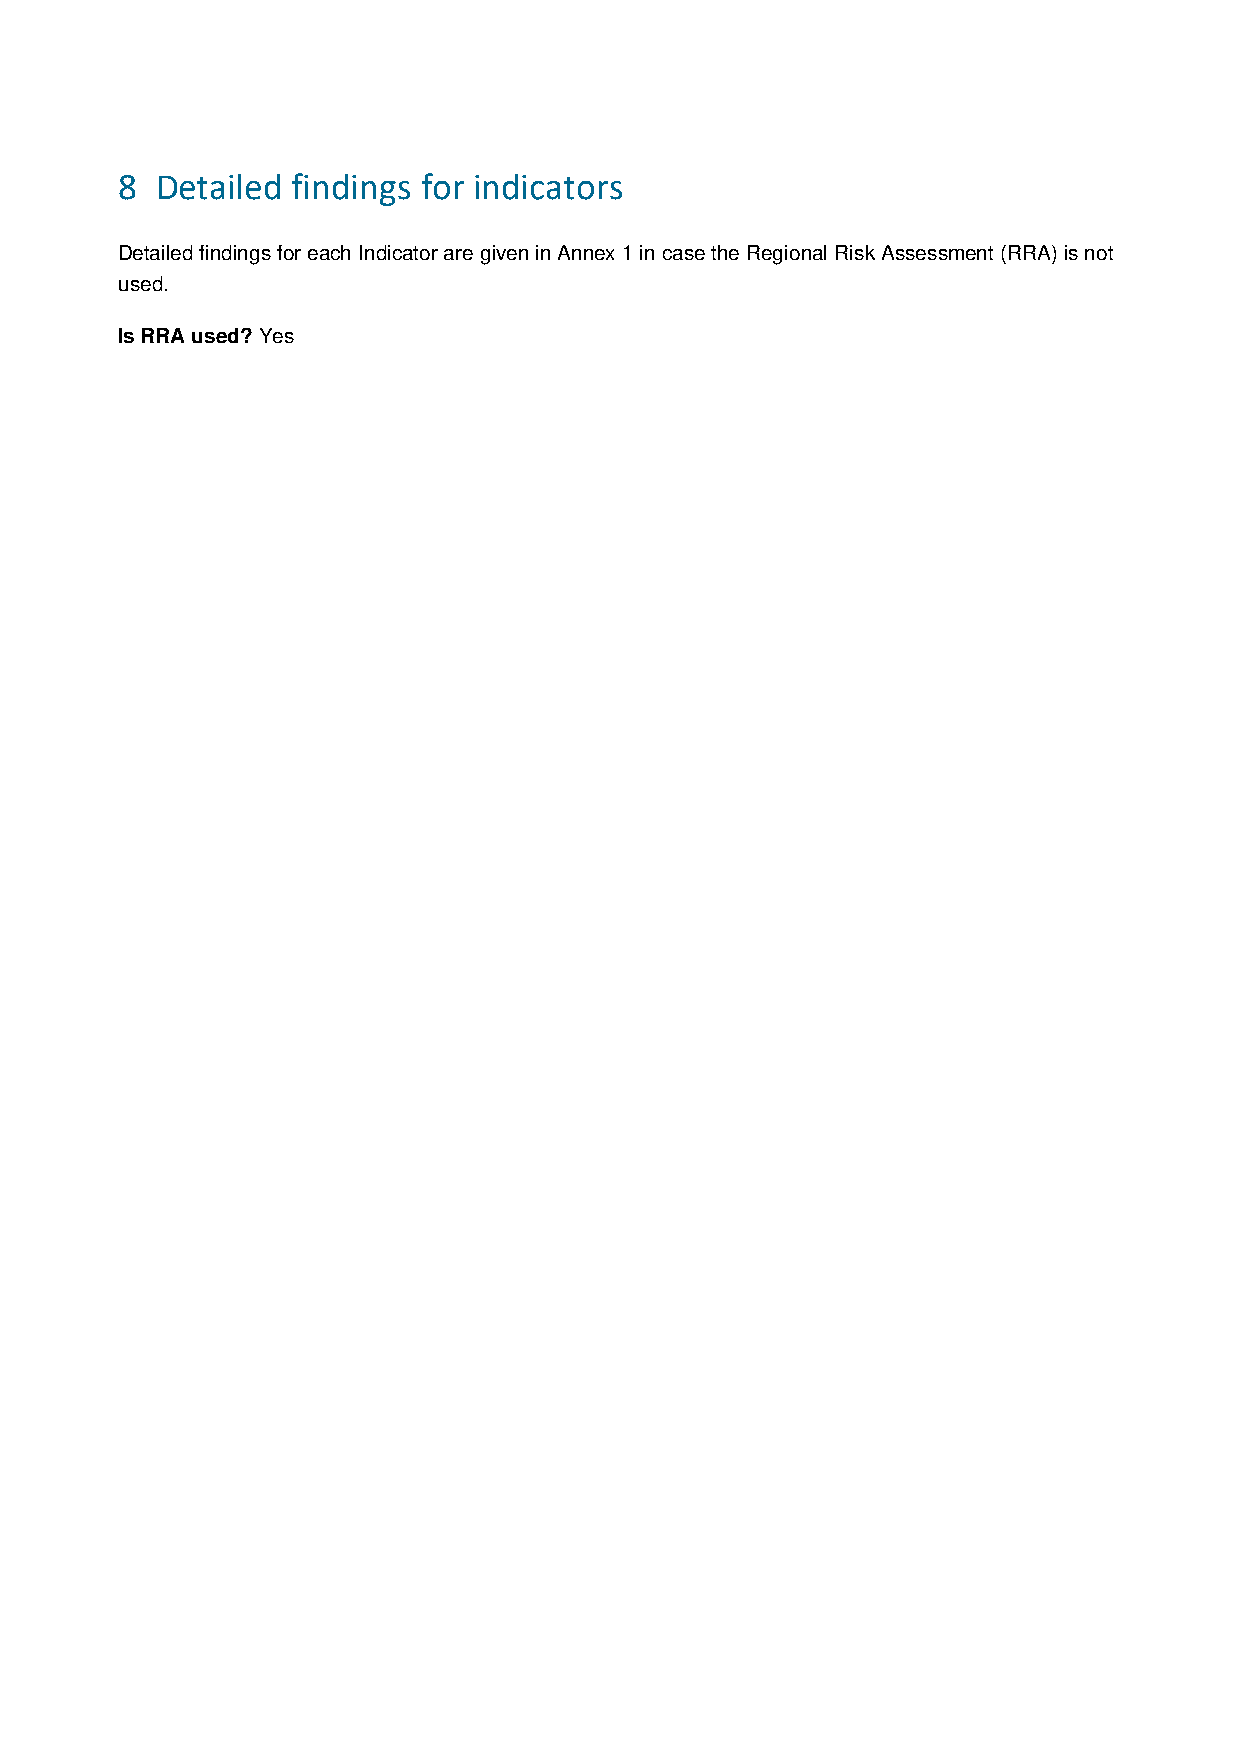
8 Detailed findings for indicators
 Detailed findings for each Indicator are given in Annex 1 in case the Regional Risk Assessment (RRA) is not
 used.
 Is RRA used? Yes